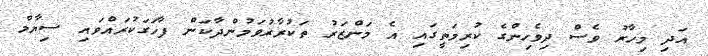
އަދި މިހާރު ވެސް ދިވެހިންގެ ކުރިމަތީގައި އެ މަންޒަރު ތަކުރާރުވަމުންދާކަން ފާހަގަކުރައްވައި ސިޔާމް